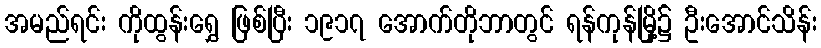
အမည်ရင်း ကိုထွန်းရွှေ ဖြစ်ပြီး ၁၉၁၇ အောက်တိုဘာတွင် ရန်ကုန်မြို့၌ ဦးအောင်သိန်း